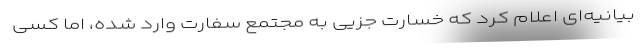
بیانیه‌ای اعلام کرد که خسارت جزیی به مجتمع سفارت وارد شده، اما کسی